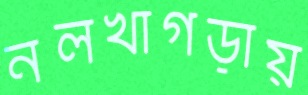
নলখাগড়ায়